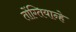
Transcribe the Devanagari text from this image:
तोंग्तियान्हे